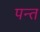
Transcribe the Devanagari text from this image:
पन्‍त